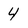
Character: 4